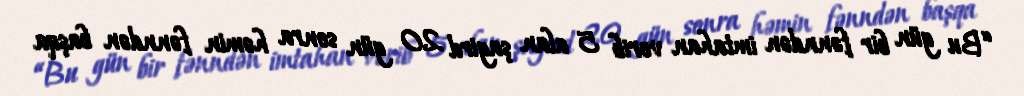
“Bu gün bir fənndən imtahan verib 5 alan şagird 20 gün sonra həmin fənndən başqa